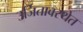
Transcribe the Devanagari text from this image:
उर्जितावस्थेत